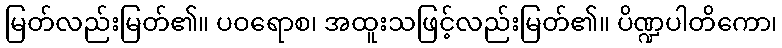
မြတ်လည်းမြတ်၏။ ပဝရောစ၊ အထူးသဖြင့်လည်းမြတ်၏။ ပိဏ္ဍပါတိကော၊